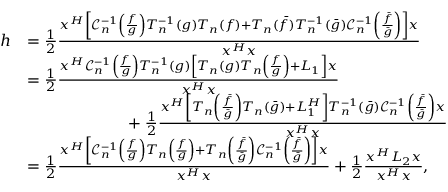
\begin{array} { r l } { h } & { = \frac { 1 } { 2 } \frac { x ^ { H } \left[ \mathcal { C } _ { n } ^ { - 1 } \left( \frac { f } { g } \right) T _ { n } ^ { - 1 } ( g ) T _ { n } ( f ) + T _ { n } ( \bar { f } ) T _ { n } ^ { - 1 } ( \bar { g } ) \mathcal { C } _ { n } ^ { - 1 } \left( \frac { \bar { f } } { \bar { g } } \right) \right] x } { x ^ { H } x } } \\ & { = \frac { 1 } { 2 } \frac { x ^ { H } \mathcal { C } _ { n } ^ { - 1 } \left( \frac { f } { g } \right) T _ { n } ^ { - 1 } ( g ) \left[ T _ { n } ( g ) T _ { n } \left( \frac { f } { g } \right) + L _ { 1 } \right] x } { x ^ { H } x } } \\ & { \phantom { h s p a c e { 2 p c } } + \frac { 1 } { 2 } \frac { x ^ { H } \left[ T _ { n } \left( \frac { \bar { f } } { \bar { g } } \right) T _ { n } ( \bar { g } ) + L _ { 1 } ^ { H } \right] T _ { n } ^ { - 1 } ( \bar { g } ) \mathcal { C } _ { n } ^ { - 1 } \left( \frac { \bar { f } } { \bar { g } } \right) x } { x ^ { H } x } } \\ & { = \frac { 1 } { 2 } \frac { x ^ { H } \left[ \mathcal { C } _ { n } ^ { - 1 } \left( \frac { f } { g } \right) T _ { n } \left( \frac { f } { g } \right) + T _ { n } \left( \frac { \bar { f } } { \bar { g } } \right) \mathcal { C } _ { n } ^ { - 1 } \left( \frac { \bar { f } } { \bar { g } } \right) \right] x } { x ^ { H } x } + \frac { 1 } { 2 } \frac { x ^ { H } L _ { 2 } x } { x ^ { H } x } , } \end{array}